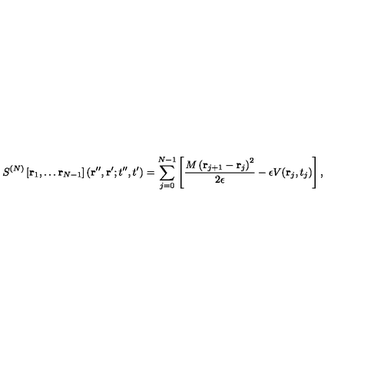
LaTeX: S ^ { ( N ) } \left[ { \bf r } _ { 1 } , \dots { \bf r } _ { N - 1 } \right] ( { \bf r } ^ { \prime \prime } , { \bf r } ^ { \prime } ; t ^ { \prime \prime } , t ^ { \prime } ) = \sum _ { j = 0 } ^ { N - 1 } \left[ \frac { M \left( { \bf r } _ { j + 1 } - { \bf r } _ { j } \right) ^ { 2 } } { 2 \epsilon } - \epsilon V ( { \bf r } _ { j } , t _ { j } ) \right] ,